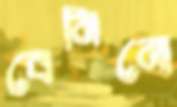
বেনিনো